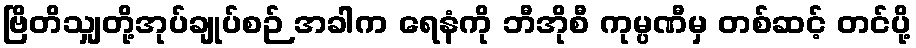
ဗြိတိသျှတို့အုပ်ချုပ်စဉ် အခါက ရေနံကို ဘီအိုစီ ကုမ္ပဏီမှ တစ်ဆင့် တင်ပို့